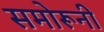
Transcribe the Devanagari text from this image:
समोरूनी